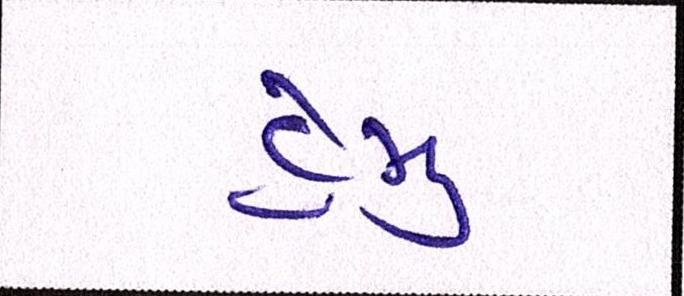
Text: હેમુ